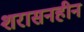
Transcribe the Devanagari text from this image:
शरासनहीन